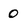
Character: O